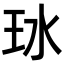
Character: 𬍖